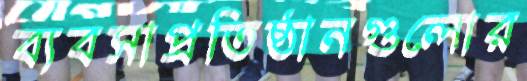
ব্যবসাপ্রতিষ্ঠানগুলোর